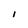
Character: l